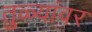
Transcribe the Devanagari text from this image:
तुळ्यांवर